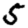
Digit: 5